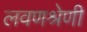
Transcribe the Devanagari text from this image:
लवणश्रेणी